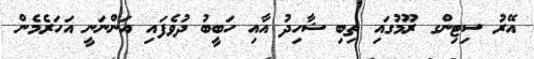
އޭރު ސިޓިންގ ރޫމުގައި ތިބި ޝާހިދު އާއި ހަބީބު ދުވެފައި އަންނަނީ އަހަރެމެން